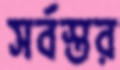
সর্বস্তর